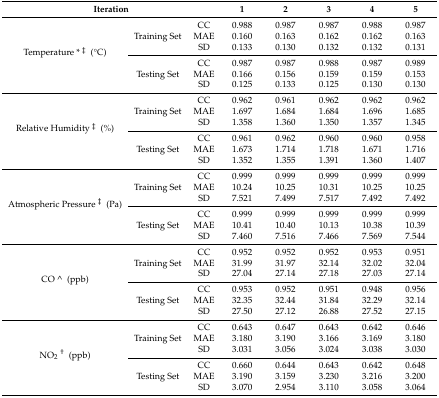
<table><thead><tr><td colspan="3"><b>Iteration</b></td><td><b>1</b></td><td><b>2</b></td><td><b>3</b></td><td><b>4</b></td><td><b>5</b></td></tr></thead><tbody><tr><td rowspan="6">Temperature * <sup>‡</sup> (°C)</td><td rowspan="3">Training Set</td><td>CC</td><td>0.988</td><td>0.987</td><td>0.987</td><td>0.988</td><td>0.987</td></tr><tr><td>MAE</td><td>0.160</td><td>0.163</td><td>0.162</td><td>0.162</td><td>0.163</td></tr><tr><td>SD</td><td>0.133</td><td>0.130</td><td>0.132</td><td>0.132</td><td>0.131</td></tr><tr><td rowspan="3">Testing Set</td><td>CC</td><td>0.987</td><td>0.987</td><td>0.988</td><td>0.987</td><td>0.989</td></tr><tr><td>MAE</td><td>0.166</td><td>0.156</td><td>0.159</td><td>0.159</td><td>0.153</td></tr><tr><td>SD</td><td>0.125</td><td>0.133</td><td>0.125</td><td>0.130</td><td>0.130</td></tr><tr><td rowspan="6">Relative Humidity <sup>‡</sup> (%)</td><td rowspan="3">Training Set</td><td>CC</td><td>0.962</td><td>0.961</td><td>0.962</td><td>0.962</td><td>0.962</td></tr><tr><td>MAE</td><td>1.697</td><td>1.684</td><td>1.684</td><td>1.696</td><td>1.685</td></tr><tr><td>SD</td><td>1.358</td><td>1.360</td><td>1.350</td><td>1.357</td><td>1.345</td></tr><tr><td rowspan="3">Testing Set</td><td>CC</td><td>0.961</td><td>0.962</td><td>0.960</td><td>0.960</td><td>0.958</td></tr><tr><td>MAE</td><td>1.673</td><td>1.714</td><td>1.718</td><td>1.671</td><td>1.716</td></tr><tr><td>SD</td><td>1.352</td><td>1.355</td><td>1.391</td><td>1.360</td><td>1.407</td></tr><tr><td rowspan="6">Atmospheric Pressure <sup>‡</sup> (Pa)</td><td rowspan="3">Training Set</td><td>CC</td><td>0.999</td><td>0.999</td><td>0.999</td><td>0.999</td><td>0.999</td></tr><tr><td>MAE</td><td>10.24</td><td>10.25</td><td>10.31</td><td>10.25</td><td>10.25</td></tr><tr><td>SD</td><td>7.521</td><td>7.499</td><td>7.517</td><td>7.492</td><td>7.492</td></tr><tr><td rowspan="3">Testing Set</td><td>CC</td><td>0.999</td><td>0.999</td><td>0.999</td><td>0.999</td><td>0.999</td></tr><tr><td>MAE</td><td>10.41</td><td>10.40</td><td>10.13</td><td>10.38</td><td>10.39</td></tr><tr><td>SD</td><td>7.460</td><td>7.516</td><td>7.466</td><td>7.569</td><td>7.544</td></tr><tr><td rowspan="6">CO ^(ppb)</td><td rowspan="3">Training Set</td><td>CC</td><td>0.952</td><td>0.952</td><td>0.952</td><td>0.953</td><td>0.951</td></tr><tr><td>MAE</td><td>31.99</td><td>31.97</td><td>32.14</td><td>32.02</td><td>32.04</td></tr><tr><td>SD</td><td>27.04</td><td>27.14</td><td>27.18</td><td>27.03</td><td>27.14</td></tr><tr><td rowspan="3">Testing Set</td><td>CC</td><td>0.953</td><td>0.952</td><td>0.951</td><td>0.948</td><td>0.956</td></tr><tr><td>MAE</td><td>32.35</td><td>32.44</td><td>31.84</td><td>32.29</td><td>32.14</td></tr><tr><td>SD</td><td>27.50</td><td>27.12</td><td>26.88</td><td>27.52</td><td>27.15</td></tr><tr><td rowspan="6">NO<sub>2</sub><sup>†</sup> (ppb)</td><td rowspan="3">Training Set</td><td>CC</td><td>0.643</td><td>0.647</td><td>0.643</td><td>0.642</td><td>0.646</td></tr><tr><td>MAE</td><td>3.180</td><td>3.190</td><td>3.166</td><td>3.169</td><td>3.180</td></tr><tr><td>SD</td><td>3.031</td><td>3.056</td><td>3.024</td><td>3.038</td><td>3.030</td></tr><tr><td rowspan="3">Testing Set</td><td>CC</td><td>0.660</td><td>0.644</td><td>0.643</td><td>0.642</td><td>0.648</td></tr><tr><td>MAE</td><td>3.190</td><td>3.159</td><td>3.230</td><td>3.216</td><td>3.200</td></tr><tr><td>SD</td><td>3.070</td><td>2.954</td><td>3.110</td><td>3.058</td><td>3.064</td></tr></tbody></table>